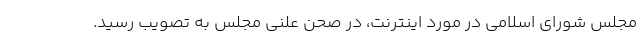
مجلس شورای اسلامی در مورد اینترنت، در صحن علنی مجلس به تصویب رسید.